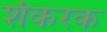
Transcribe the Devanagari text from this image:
शंकरक